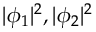
| \phi _ { 1 } | ^ { 2 } , | \phi _ { 2 } | ^ { 2 }